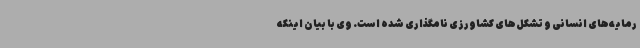
رمایه‌های انسانی و تشکل‌های کشاورزی نامگذاری شده است. وی با بیان اینکه